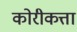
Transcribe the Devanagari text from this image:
कोरीकत्ता